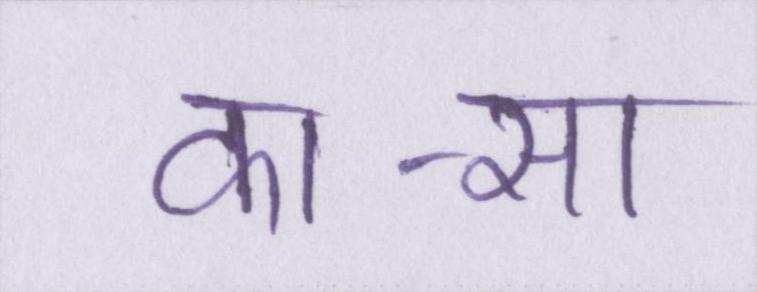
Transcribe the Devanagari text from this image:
का-सा